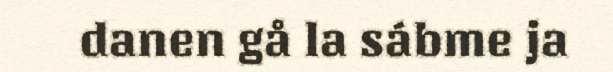
danen gå la sábme ja